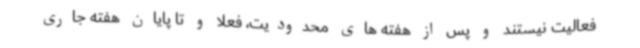
فعالیت نیستند و پس از هفته های محدودیت، فعلا و تا پایان هفته جاری